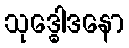
သုဒ္ဓေါဒနော